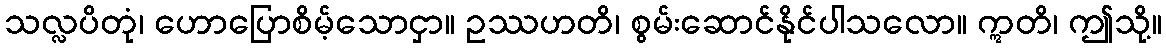
သလ္လပိတုံ၊ ဟောပြောစိမ့်သောငှာ။ ဥဿဟတိ၊ စွမ်းဆောင်နိုင်ပါသလော။ ဣတိ၊ ဤသို့။